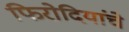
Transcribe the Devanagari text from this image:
फिरोदियांचे